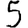
Digit: 5